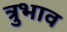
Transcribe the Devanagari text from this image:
त्रुभाव